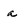
Character: a